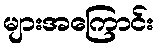
များအကြောင်း